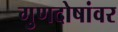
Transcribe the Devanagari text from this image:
गुणदोषांवर